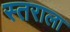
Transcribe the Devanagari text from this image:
स्तराला